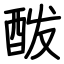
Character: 酦